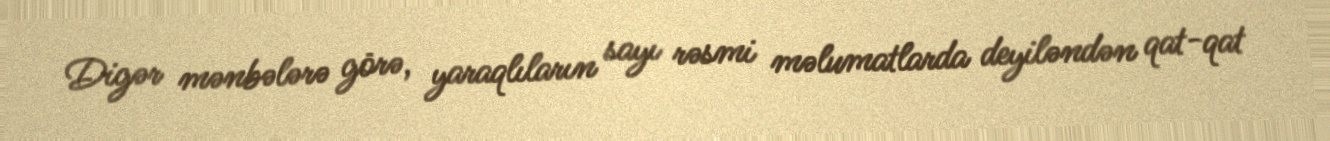
Digər mənbələrə görə, yaraqlıların sayı rəsmi məlumatlarda deyiləndən qat-qat